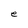
Character: e